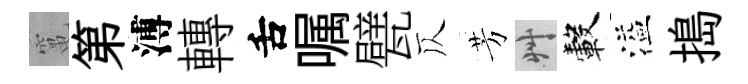
𥧄第溥轉舌嘱甓仄芳艸轂溢搗